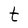
Character: t